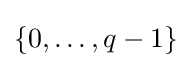
\lbrace 0,\dots ,q-1\rbrace